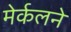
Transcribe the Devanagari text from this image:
मेर्कलने